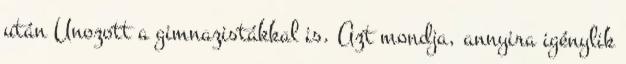
után Unozott a gimnazistákkal is. Azt mondja, annyira igénylik